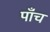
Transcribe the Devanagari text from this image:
पाँंच